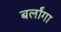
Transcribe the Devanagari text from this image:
बर्लांगा